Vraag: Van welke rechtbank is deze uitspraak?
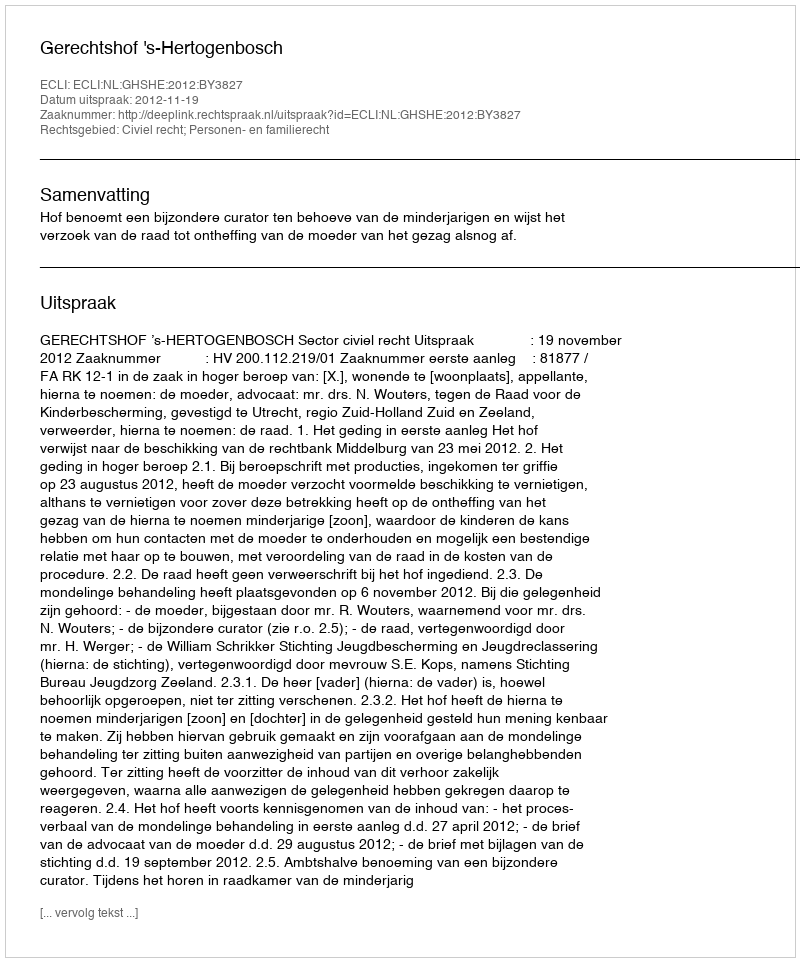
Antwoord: Gerechtshof 's-Hertogenbosch